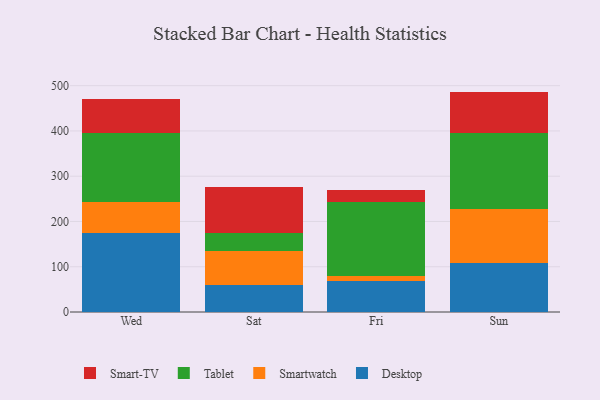
{"axis": {"x": "Day", "y": "Backlog"}, "legend": ["Desktop", "Smart-TV", "Smartwatch", "Tablet"], "data": [{"x": "Wed", "y": 174.5, "type": "Desktop"}, {"x": "Wed", "y": 67.9, "type": "Smartwatch"}, {"x": "Wed", "y": 153.1, "type": "Tablet"}, {"x": "Wed", "y": 75.7, "type": "Smart-TV"}, {"x": "Sat", "y": 59.5, "type": "Desktop"}, {"x": "Sat", "y": 74.8, "type": "Smartwatch"}, {"x": "Sat", "y": 40.1, "type": "Tablet"}, {"x": "Sat", "y": 102.8, "type": "Smart-TV"}, {"x": "Fri", "y": 68.2, "type": "Desktop"}, {"x": "Fri", "y": 10.9, "type": "Smartwatch"}, {"x": "Fri", "y": 163.6, "type": "Tablet"}, {"x": "Fri", "y": 25.9, "type": "Smart-TV"}, {"x": "Sun", "y": 109.1, "type": "Desktop"}, {"x": "Sun", "y": 119.1, "type": "Smartwatch"}, {"x": "Sun", "y": 166.2, "type": "Tablet"}, {"x": "Sun", "y": 92.5, "type": "Smart-TV"}]}